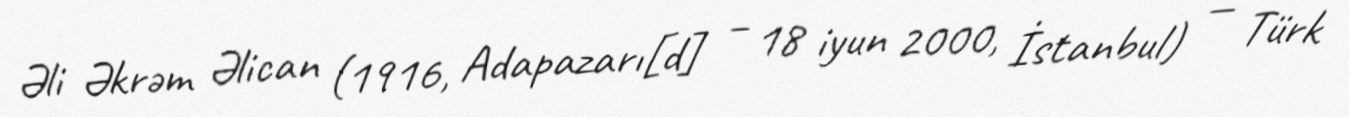
Əli Əkrəm Əlican (1916, Adapazarı[d] – 18 iyun 2000, İstanbul) — Türk